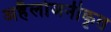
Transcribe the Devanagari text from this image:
अहैलोजनीकृत